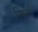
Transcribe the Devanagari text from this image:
निसरी